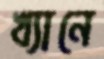
খ্যানে